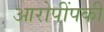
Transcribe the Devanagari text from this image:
आरोपींपकी